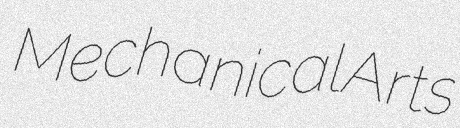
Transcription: Mechanical Arts